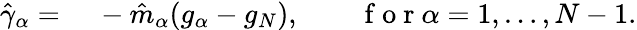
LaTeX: \begin{array}{rl}{\hat{\gamma}_{\alpha}=}&{{}~-\hat{m}_{\alpha}(g_{\alpha}-g_{N}),\quad\quad\mathrm{~f~o~r~}\alpha=1,\dots,N-1.}\end{array}